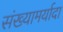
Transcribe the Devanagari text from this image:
संख्यामर्यादा